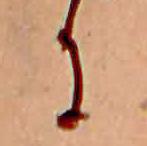
に